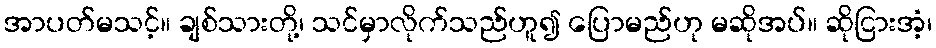
အာပတ်မသင့်။ ချစ်သားတို့၊ သင်မှာလိုက်သည်ဟူ၍ ပြောမည်ဟု မဆိုအပ်။ ဆိုငြားအံ့၊